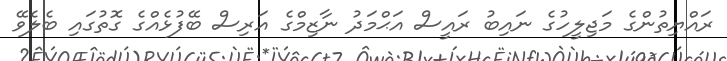
ރައްޔިތުންގެ މަޖިލީހުގެ ނައިބު ރައީސް އަޙްމަދު ނާޒިމްގެ އަރިސް ބޭފުޅެއްގެ ގޮތުގައި ބެލެވޭ